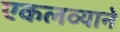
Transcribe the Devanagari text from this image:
एकलव्याने